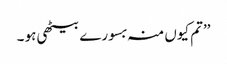
’’تم کیوں منہ بسورے بیٹھی ہو ۔